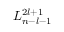
L _ { n - l - 1 } ^ { 2 l + 1 }